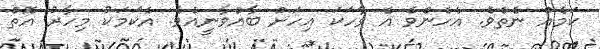
ކަމެއް ނެތެވެ. އެހެންވެ އެ ވާހަކަ އިހަށް ބާއްވާނީއެވެ. އެކަމަކު މިހާރު އޮތް